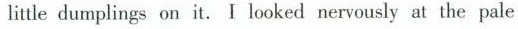
little dumplings on it.I looked nervously at the pale